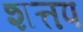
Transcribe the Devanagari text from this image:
शत्तप